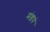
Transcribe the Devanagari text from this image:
मंडपं